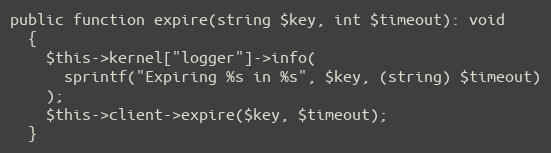
Language: PHP
public function expire(string $key, int $timeout): void
  {
    $this->kernel["logger"]->info(
      sprintf("Expiring %s in %s", $key, (string) $timeout)
    );
    $this->client->expire($key, $timeout);
  }